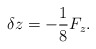
\begin{align*}\delta z = - \frac{1}{8}{F_z}.\end{align*}